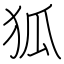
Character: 狐